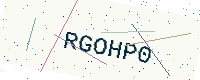
Text: RGOHP0